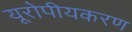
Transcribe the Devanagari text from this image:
यूरोपीयकरण